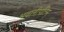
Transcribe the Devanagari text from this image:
भवानीपतिम्